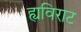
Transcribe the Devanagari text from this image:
ह्यविराट